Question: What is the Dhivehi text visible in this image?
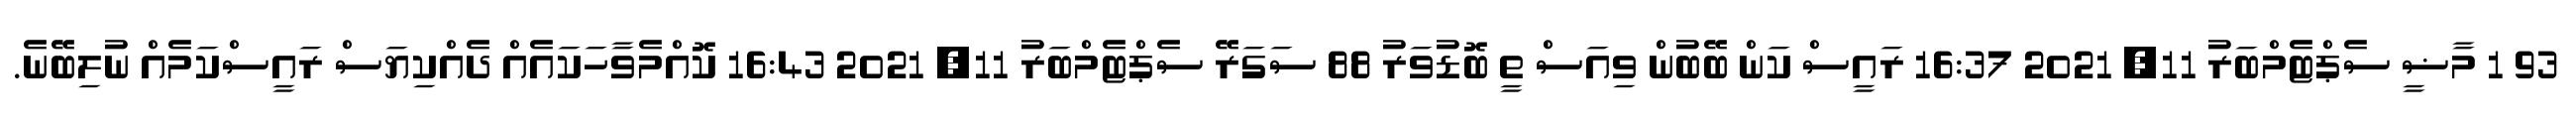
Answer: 93 1 މާޟީ ސެޕްޓެމްބަރު 11, 2021 16:37 ރައީސް ކަން ބޭބުން ވިއަސް ތީ ބޮޑުވަރު 88 ސަގަރޭ ސެޕްޓެމްބަރު 11, 2021 16:43 ކޮއްމެވާހަކައެއް ދެއްކިޔަސް ރައީސްކަމެއް ނުލިބޭނެ.